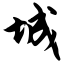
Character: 城